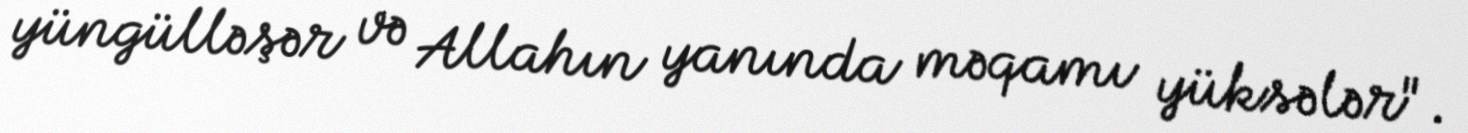
yüngülləşər və Allahın yanında məqamı yüksələr".